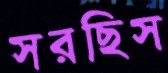
সরছিস